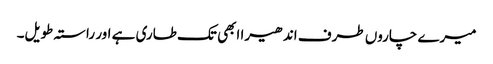
میرے چاروں طرف اندھیرا ابھی تک طاری ہے اور راستہ طویل۔